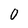
Character: O